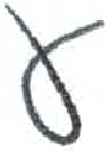
אות: ע